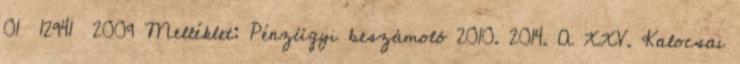
01 12941 2009 Melléklet: Pénzügyi beszámoló 2010. 2014. A XXV. Kalocsai